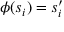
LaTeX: \phi ( s _ { i } ) = s _ { i } ^ { \prime }